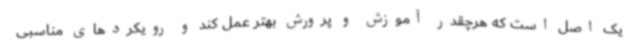
یک اصل است که هرچقدر آموزش و پرورش بهتر عمل کند و رویکردهای مناسبی